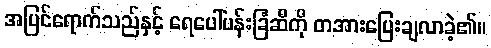
အပြင်ရောက်သည်နှင့် ရေပေါ်ပန်းခြံဆီကို တအားပြေးချလာခဲ့၏။